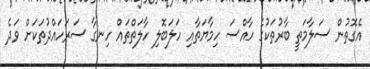
އެގޮތުން ސަލާމަތީ ބާރުތަކުގެ ހާއްސަ ހިމާޔަތާއި ހަލަބޮލި ހާލަތްތައް ހިނގާ ސަރަހައްދުތަކަށް ވަދެ